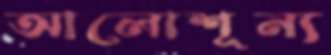
আলোশূন্য